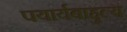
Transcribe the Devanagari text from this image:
पयार्यबाहुल्य